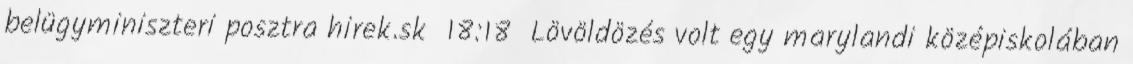
belügyminiszteri posztra hirek.sk 18:18 Lövöldözés volt egy marylandi középiskolában